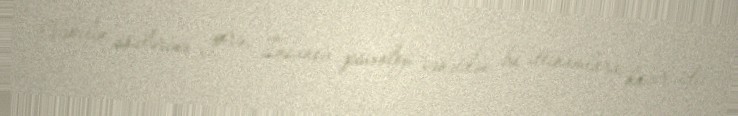
Vəkilin sözlərinə görə, İnsanov psixoloji cəhətdən bu ittihamlara hazır idi: